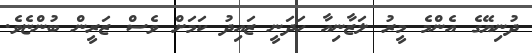
ދުނިޔޭގެ އެންމެ މީރު ލަޒާނިއާ ހަދަނީ ޒައިދު ކަމަށް ވެސް ޒަރީން ބުންޏެވެ.